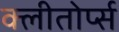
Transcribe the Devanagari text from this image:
क्लीतोर्प्स